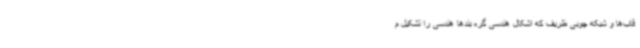
قاب‌ها و شبکه چوبی ظریف که اشکال هندسی گره بندها هندسی را تشکیل م